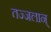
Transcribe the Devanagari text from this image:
तज्जलान्